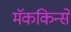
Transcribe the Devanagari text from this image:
मॅककिन्से